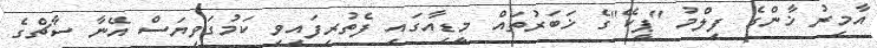
އާމިރު ޚާންގެ ފިލްމު ''ޕީކޭ''ގެ ޚަބަރުތައް މީޑިއާގައި ފެތުރިފައިވި ކަމުގަވިޔަސް އޭނާ ސާޗްގެ